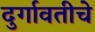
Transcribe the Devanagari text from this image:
दुर्गावतीचे